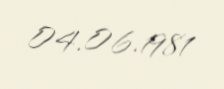
04.06.1981